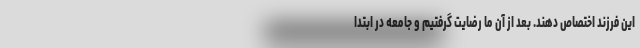
این فرزند اختصاص دهند. بعد از آن ما رضایت گرفتیم و جامعه در ابتدا